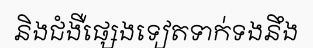
និងជំងឺផ្សេងទៀតទាក់ទងនឹង